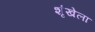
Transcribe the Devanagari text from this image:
शृंखेला